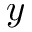
y